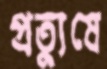
প্রত্যুষে